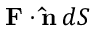
\mathbf { F } \cdot \mathbf { \hat { n } } \, d S